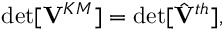
\operatorname * { d e t } [ { \bf V } ^ { K M } ] = \operatorname * { d e t } [ { \hat { \bf V } } ^ { t h } ] ,